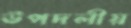
উপদলীয়